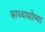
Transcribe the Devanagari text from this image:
साध्यासोप्या